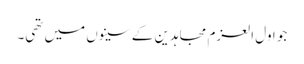
جو اول العزم مجاہدین کے سینوں میں تھی۔